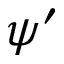
\psi ^ { \prime }